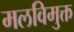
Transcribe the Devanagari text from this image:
मलविमुक्त